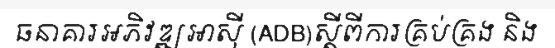
ធនាគារអភិវឌ្ឍអាស៊ី (ADB)ស្តីពីការគ្រប់គ្រង និង